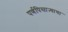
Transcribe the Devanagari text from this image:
पर्णपिसाऱ्याचा